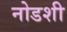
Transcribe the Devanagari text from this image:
नोडशी